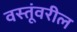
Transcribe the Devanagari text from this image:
वस्तूंवरील